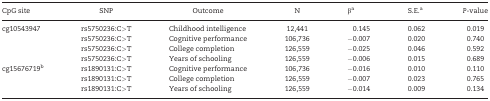
<table><thead><tr><td><b>CpGsite</b></td><td><b>SNP</b></td><td><b>Outcome</b></td><td><b>N</b></td><td><b>β<sup>a</sup></b></td><td><b>S.E.<sup>a</sup></b></td><td><b><i>P</i>-value</b></td></tr></thead><tbody><tr><td rowspan="4">cg10543947</td><td>rs5750236:C&gt;T</td><td>Childhoodintelligence</td><td>12,441</td><td>0.145</td><td>0.062</td><td>0.019</td></tr><tr><td>rs5750236:C&gt;T</td><td>Cognitiveperformance</td><td>106,736</td><td>−0.007</td><td>0.020</td><td>0.740</td></tr><tr><td>rs5750236:C&gt;T</td><td>Collegecompletion</td><td>126,559</td><td>−0.025</td><td>0.046</td><td>0.592</td></tr><tr><td>rs5750236:C&gt;T</td><td>Yearsofschooling</td><td>126,559</td><td>−0.006</td><td>0.015</td><td>0.689</td></tr><tr><td rowspan="3">cg15676719<sup>b</sup></td><td>rs1890131:C&gt;T</td><td>Cognitiveperformance</td><td>106,736</td><td>−0.016</td><td>0.010</td><td>0.110</td></tr><tr><td>rs1890131:C&gt;T</td><td>Collegecompletion</td><td>126,559</td><td>−0.007</td><td>0.023</td><td>0.765</td></tr><tr><td>rs1890131:C&gt;T</td><td>Yearsofschooling</td><td>126,559</td><td>−0.014</td><td>0.009</td><td>0.134</td></tr></tbody></table>